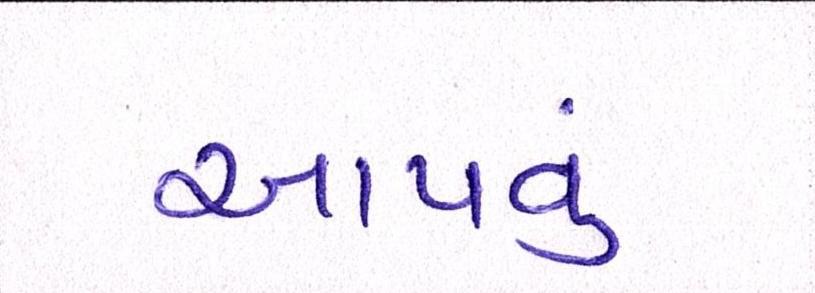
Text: આપવું